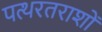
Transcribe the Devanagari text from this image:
पत्थरतराशों